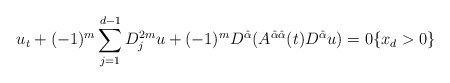
\begin{align*}u_t+(-1)^m \sum_{j=1}^{d-1}D_j^{2m} u+(-1)^mD^{\hat{\alpha}}(A^{\hat{\alpha}\hat{\alpha}}(t)D^{\hat{\alpha}}u)=0 \{x_d>0\}\end{align*}